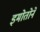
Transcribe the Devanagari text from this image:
इमोतोने